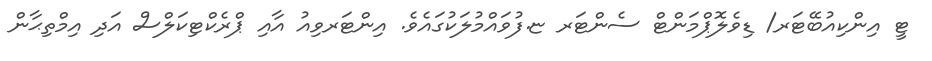
ޓީ އިންކިއުބޭޓަރ/ ޑިވެލޮޕްމަންޓް ސެންޓަރ ޏ.ފުވައްމުލަކުގައެވެ. އިންޓަރވިއު އާއި ޕްރެކްޓިކަލްސް އަދި އިމްތިޙާން